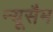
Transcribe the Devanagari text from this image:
न्यूसैम